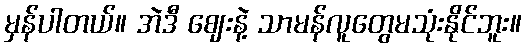
မှန်ပါတယ်။ အဲဒီ ဈေးနဲ့ သာမန်လူတွေမသုံးနိုင်ဘူး။